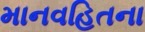
માનવહિતના